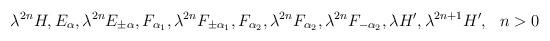
LaTeX: \begin{align*}\lambda^{2n}H,E_\alpha, \lambda^{2n}E_{\pm\alpha}, F_{\alpha_1}, \lambda^{2n} F_{\pm\alpha_1}, F_{\alpha_2}, \lambda^{2n}F_{\alpha_2},\lambda^{2n}F_{-\alpha_2}, \lambda H',\lambda^{2n+1}H',~~n>0\end{align*}